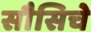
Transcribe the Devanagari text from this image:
सौसिचे